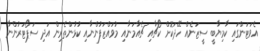
އެވަޓަންގައި ކާމިޔާބީ ސީޒަނެއް ހޭދަކޮށް ކޯޗާއި ޗެއާމަނާއި މުވައްޒަފުންނާއި ކުޅުންތެރިން އަދި ސަޕޯޓަރުންނާ